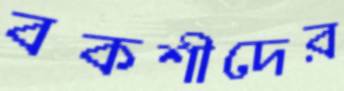
বকশীদের